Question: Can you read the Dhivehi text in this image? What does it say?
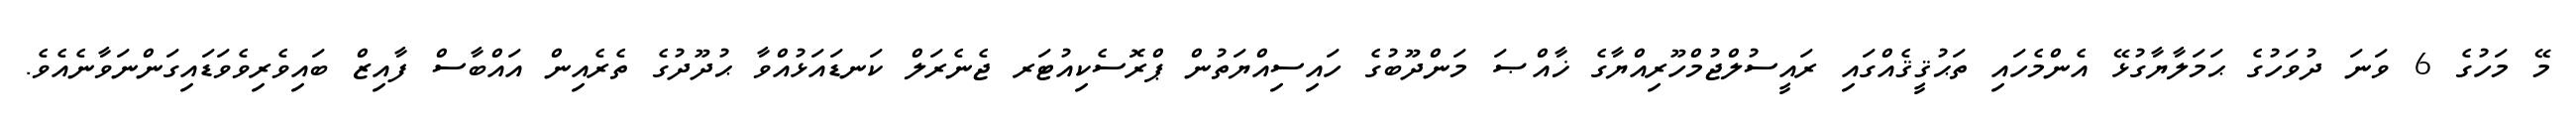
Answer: މޭ މަހުގެ 6 ވަނަ ދުވަހުގެ ޙަމަލާޔާގުޅޭ އެންމެހައި ތަޙުޤީޤެއްގައި ރައީސުލްޖުމްހޫރިއްޔާގެ ޚާއްޞަ މަންދޫބުގެ ހައިސިއްޔަތުން ޕްރޮސެކިއުޓަރ ޖެނެރަލް ކަނޑައަޅުއްވާ ޙުދޫދުގެ ތެރެއިން އައްބާސް ފާއިޒް ބައިވެރިވެވަޑައިގަންނަވާނެއެވެ.